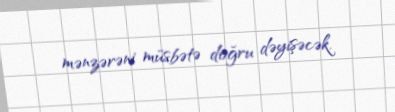
mənzərəni müsbətə doğru dəyişəcək.